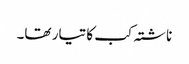
ناشتہ کب کا تیار تھا۔